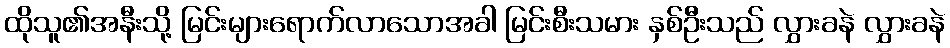
ထိုသူ၏အနီးသို့ မြင်းများရောက်လာသောအခါ မြင်းစီးသမား နှစ်ဦးသည် လွှားခနဲ လွှားခနဲ